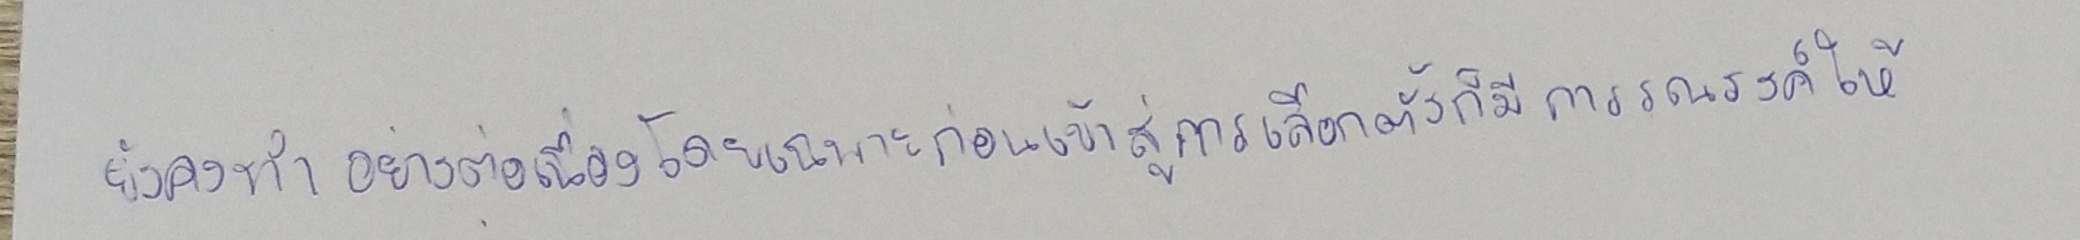
ยังคงทำอย่างต่อเนื่องโดยเฉพาะก่อนเข้าสู่การเลือกตั้งก็มีการรณรงค์ให้